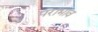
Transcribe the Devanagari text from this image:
पराभाव